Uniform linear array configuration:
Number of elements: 64
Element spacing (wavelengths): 0.25
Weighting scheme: kaiser
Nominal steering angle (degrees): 30
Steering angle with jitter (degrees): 30.318
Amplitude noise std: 0.05
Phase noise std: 0.05

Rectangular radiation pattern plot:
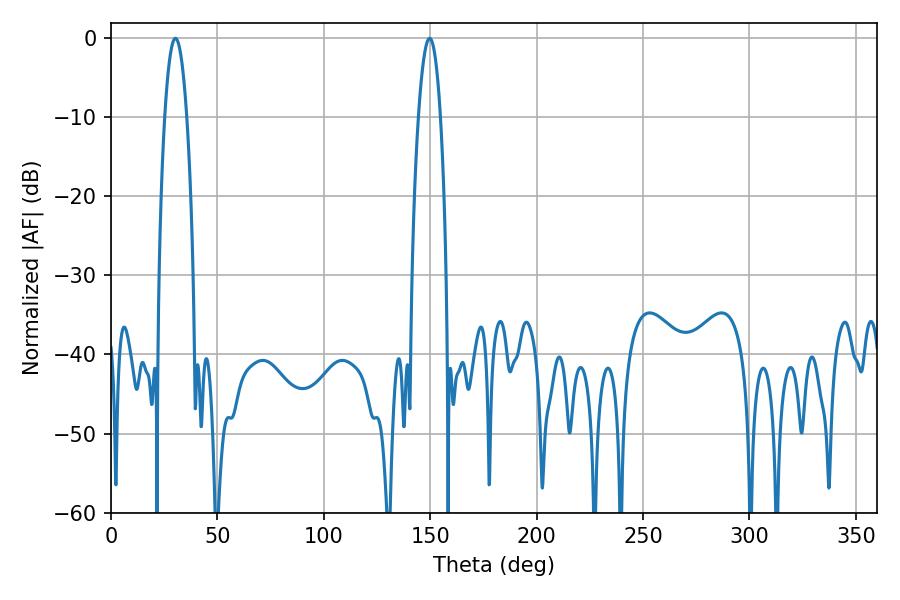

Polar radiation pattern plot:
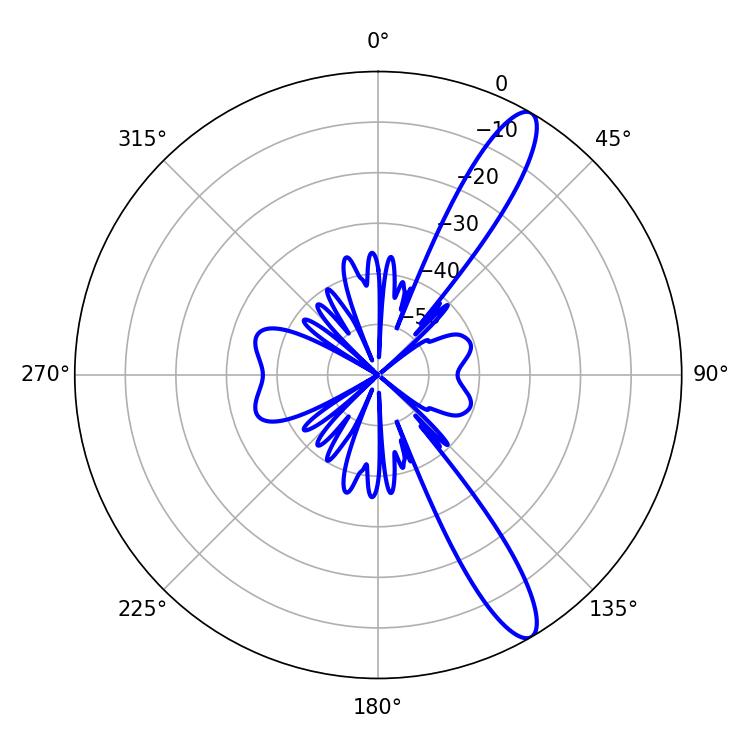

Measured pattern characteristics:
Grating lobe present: FALSE
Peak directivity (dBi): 12.656
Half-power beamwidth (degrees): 5.58
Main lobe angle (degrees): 30.24